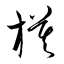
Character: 模